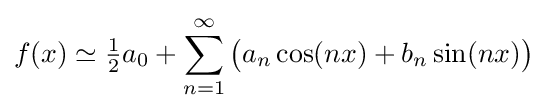
f(x)\simeq {\tfrac {1}{2}}a_{0}+\sum _{n=1}^{\infty }{\bigl (}a_{n}\cos(nx)+b_{n}\sin(nx){\bigr )}